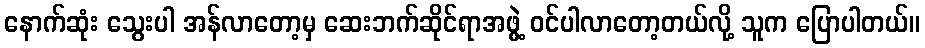
နောက်ဆုံး သွေးပါ အန်လာတော့မှ ဆေးဘက်ဆိုင်ရာအဖွဲ့ ဝင်ပါလာတော့တယ်လို့ သူက ပြောပါတယ်။